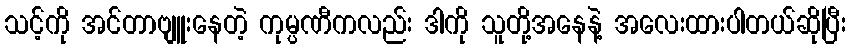
သင့်ကို အင်တာဗျူးနေတဲ့ ကုမ္ပဏီကလည်း ဒါကို သူတို့အနေနဲ့ အလေးထားပါတယ်ဆိုပြီး